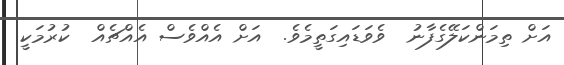
އަށް ތިމަންކަލޭގެފާނު  ވެވަޑައިގަތީމެވެ.  އަށް އެއްވެސް އެއްޗެއް  ކުރުމަކީ